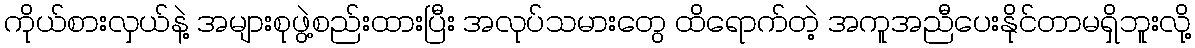
ကိုယ်စားလှယ်နဲ့ အများစုဖွဲ့စည်းထားပြီး အလုပ်သမားတွေ ထိရောက်တဲ့ အကူအညီပေးနိုင်တာမရှိဘူးလို့